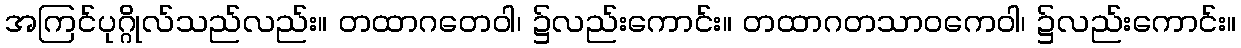
အကြင်ပုဂ္ဂိုလ်သည်လည်း။ တထာဂတေဝါ၊ ၌လည်းကောင်း။ တထာဂတသာဝကေဝါ၊ ၌လည်းကောင်း။